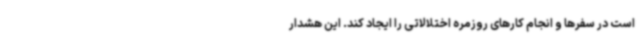
است در سفرها و انجام کارهای روزمره اختلالاتی را ایجاد کند. این هشدار